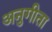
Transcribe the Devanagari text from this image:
अनुगीता